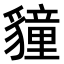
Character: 𮙬